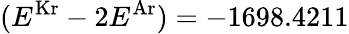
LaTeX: (E^{\mathrm{Kr}}-2E^{\mathrm{Ar}})=-1698.4211